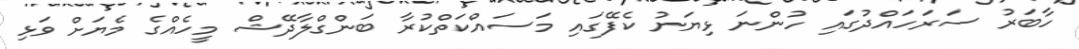
ހާބަރު ސަރަހައްދުގައި ހުންނަ ޅިޔަނު ކެފޭގައި މަސައްކަތްކުރާ ބަންގްލާދޭޝް މީހެއްގެ މެޔަށް ވަޅި